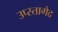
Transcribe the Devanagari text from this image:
उप्स्तागेद